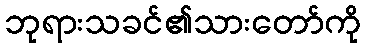
ဘုရားသခင်၏သားတော်ကို